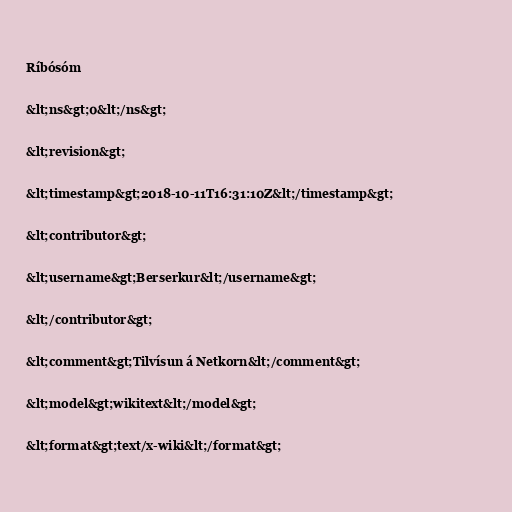
Ríbósóm

&lt;ns&gt;0&lt;/ns&gt;

&lt;revision&gt;

&lt;timestamp&gt;2018-10-11T16:31:10Z&lt;/timestamp&gt;

&lt;contributor&gt;

&lt;username&gt;Berserkur&lt;/username&gt;

&lt;/contributor&gt;

&lt;comment&gt;Tilvísun á Netkorn&lt;/comment&gt;

&lt;model&gt;wikitext&lt;/model&gt;

&lt;format&gt;text/x-wiki&lt;/format&gt;